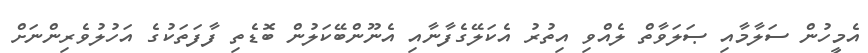
އެމީހުން ސަލާމާއި ޞަލަވާތް ލެއްވި އިތުރު އެކަލޭގެފާނާއި އެނޫންބޭކަލުން ބޮޑެތި ފާފަތަކުގެ އަހުލުވެރިންނަށް